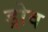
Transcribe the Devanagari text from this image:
ड्रोव